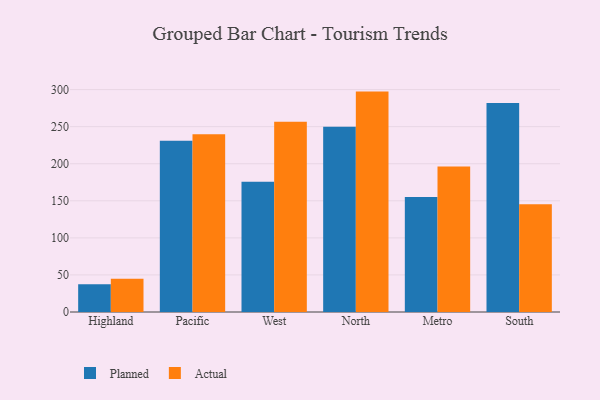
{"axis": {"x": "Region", "y": "Market Share (%)"}, "legend": ["Actual", "Planned"], "data": [{"x": "Highland", "y": 37.4, "type": "Planned"}, {"x": "Highland", "y": 44.9, "type": "Actual"}, {"x": "Pacific", "y": 231.1, "type": "Planned"}, {"x": "Pacific", "y": 239.8, "type": "Actual"}, {"x": "West", "y": 175.6, "type": "Planned"}, {"x": "West", "y": 256.7, "type": "Actual"}, {"x": "North", "y": 249.8, "type": "Planned"}, {"x": "North", "y": 297.3, "type": "Actual"}, {"x": "Metro", "y": 155.0, "type": "Planned"}, {"x": "Metro", "y": 196.1, "type": "Actual"}, {"x": "South", "y": 281.8, "type": "Planned"}, {"x": "South", "y": 145.5, "type": "Actual"}]}